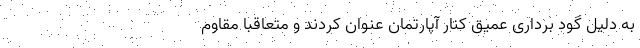
به دلیل گود برداری عمیق کنار آپارتمان عنوان کردند و متعاقبا مقاوم